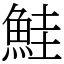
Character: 鮭